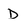
Character: D